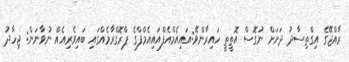
ރާއްޖޭގެ އިގްތިސާދު ދަށަށް ނުގޮސް އޮތީތީ ހައިރާންވޭ:އައިއެމްއެފްއައިއެމްފްގެ ޕްރޮގްރާމެއްގައި ބައިވެރިއެއް ނުވާނަން: ޖިހާދު